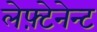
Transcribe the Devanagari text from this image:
लेफ़्टेनेन्ट